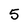
Character: 5